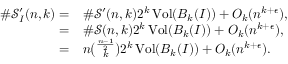
\begin{array} { r l } { \# \mathcal { S } _ { I } ^ { \prime } ( n , k ) = } & { \# \mathcal { S } ^ { \prime } ( n , k ) 2 ^ { k } \operatorname { V o l } ( B _ { k } ( I ) ) + O _ { k } ( n ^ { k + \epsilon } ) , } \\ { = } & { \# \mathcal { S } ( n , k ) 2 ^ { k } \operatorname { V o l } ( B _ { k } ( I ) ) + O _ { k } ( n ^ { k + \epsilon } ) , } \\ { = } & { n \binom { \frac { n - 1 } { 2 } } { k } 2 ^ { k } \operatorname { V o l } ( B _ { k } ( I ) ) + O _ { k } ( n ^ { k + \epsilon } ) . } \end{array}